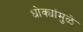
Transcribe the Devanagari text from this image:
धोक्यांमुळे